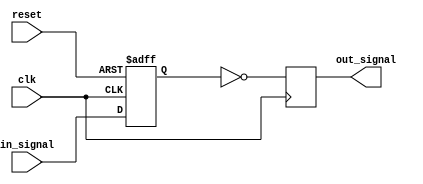
module Inverter_Delay (
    input wire clk,
    input wire reset,
    input wire in_signal,
    output reg out_signal
);

reg delayed_signal;

always @ (posedge clk or posedge reset) begin
    if (reset) begin
        delayed_signal <= 1'b0;
    end else begin
        delayed_signal <= in_signal;
    end
end

always @(posedge clk) begin
    out_signal <= ~delayed_signal;
end

endmodule